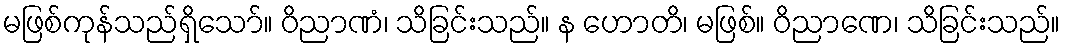
မဖြစ်ကုန်သည်ရှိသော်။ ဝိညာဏံ၊ သိခြင်းသည်။ န ဟောတိ၊ မဖြစ်။ ဝိညာဏေ၊ သိခြင်းသည်။